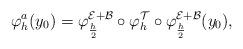
LaTeX: \begin{align*} \varphi_h^a (y_0) = \varphi_{\frac{h}{2}}^{ \mathcal{E} + \mathcal{B}} \circ \varphi_h^{ \mathcal{T} } \circ \varphi_{\frac{h}{2}}^{ \mathcal{E} + \mathcal{B} } (y_0),\end{align*}